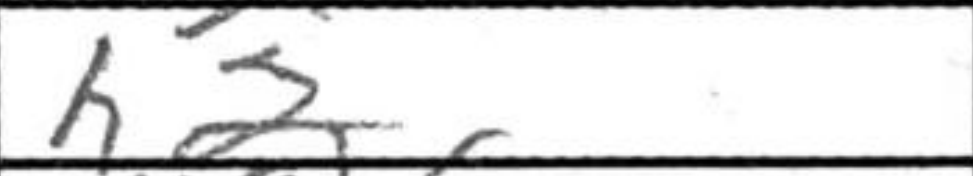
Transcription: h2